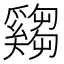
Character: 𤕂